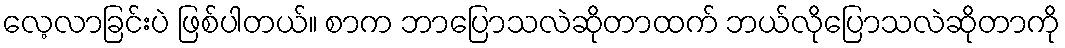
လေ့လာခြင်းပဲ ဖြစ်ပါတယ်။ စာက ဘာပြောသလဲဆိုတာထက် ဘယ်လိုပြောသလဲဆိုတာကို